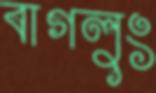
বাগলুং